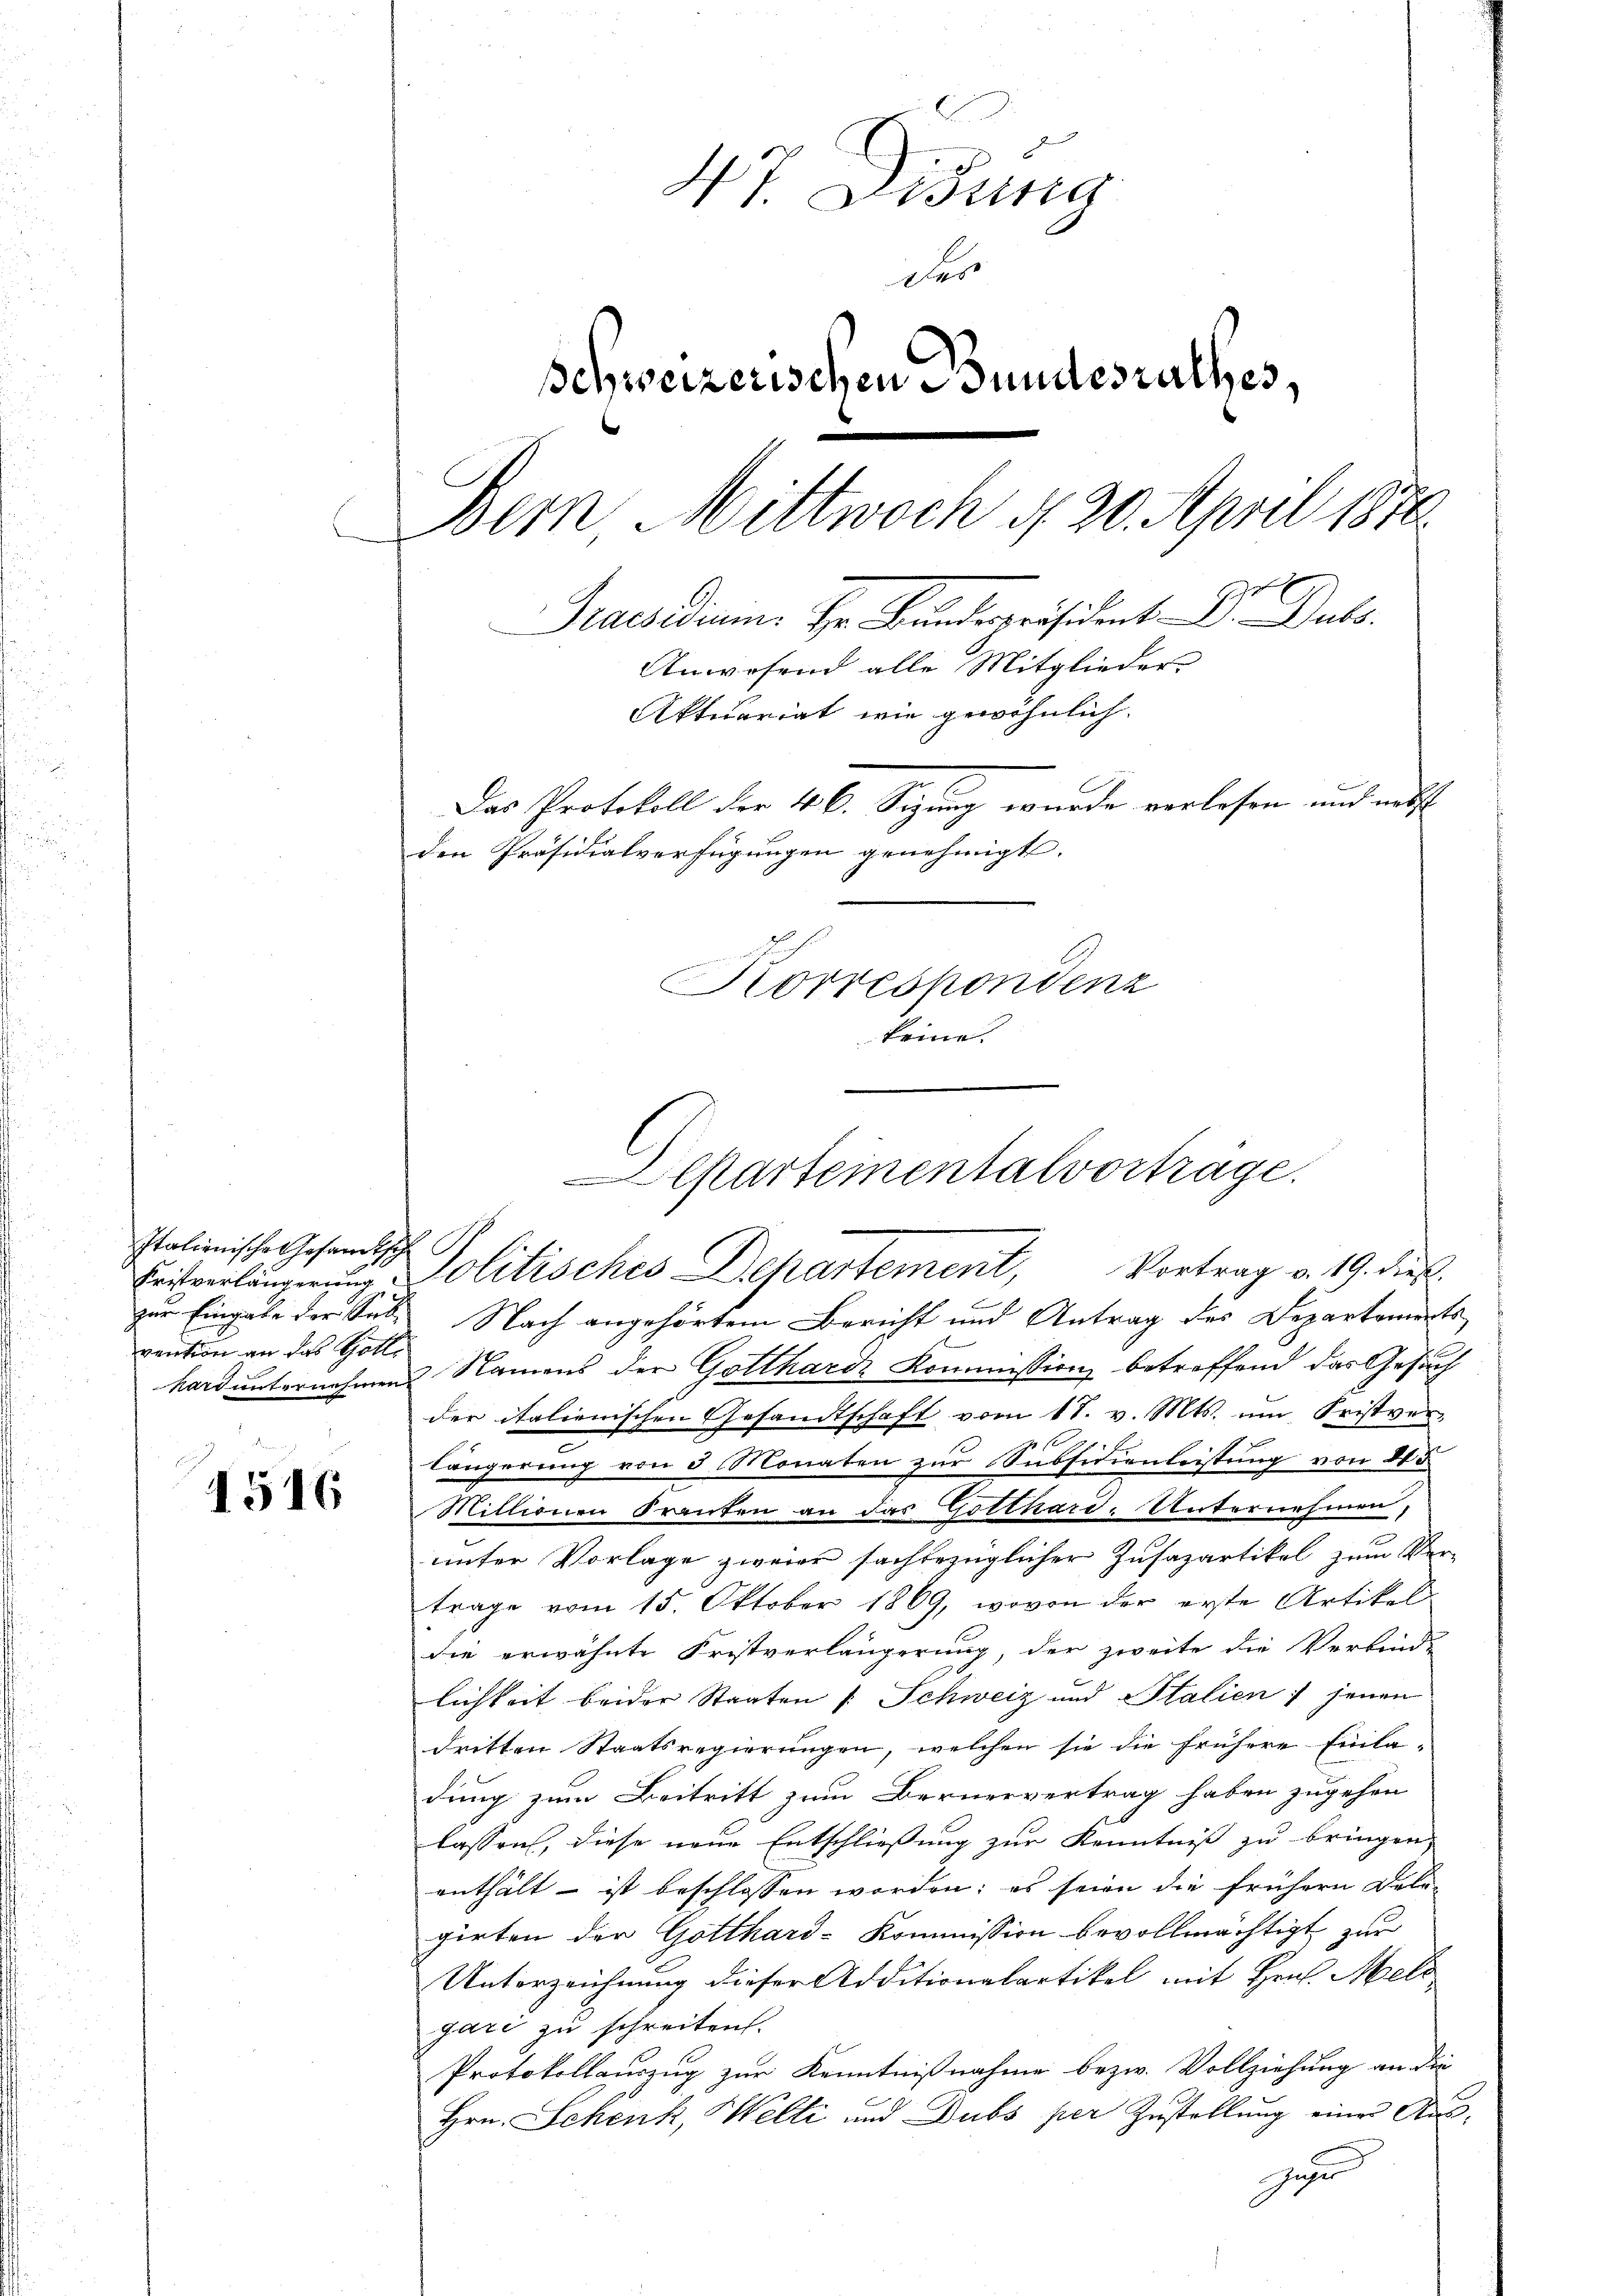
Italionische Gesandtsche
vention an das Holl

1516

47. Didung
des
schweizerischen Bundesrathes,
Bern, Mittwoch 4. 20. April 1876.
C
a
Praesidian Hr. Bundespräsident . Dubs,
Anwesend alle Mitglieder
Aktuariat wie gewöhnlich.
Das Protokoll der 46. Sigung wurde vorlesen und nebst
den Präsidialverfügungen genehmigt. |
Korrespondenz
keine

Departeinentalvorträge.
Eritverlängerung Politisches Departement, Vortrag v. 19. dies

zur Eingabe der Sub. Nach angehörtem Bericht und Antrag des Departements
s
hard unternehmen Namens der Gotthard Kommission betreffend das Gesuch
der italienischen Gesandtschaft vom 17. v. Mts. ŭm Fristver-
e
längerung von 3 Monaten zur Subsidienleistung von 815
Millionen Franten an das Gotthard-Unternehmen,
unter Vorlage zweier sachbezüglicher Zusazartikel zum Ver-
trage vom 15. Oktober 1869, wovon der erste Artikeldie erwähnte Fristverlängerung, der zweite die Verbind-
lichkeit beider Staaten (: Schweiz und Italien ; jenen
dritten Staatsregierungen, welchen sie die frühere Einla-
dung zum Beitritt zum Bernervertrag haben zugehen
lassen, diese neue Entschließung zur Kenntniß zu bringen,
enthält - ist beschlossen worden; es seien die frühern Dele-
girten der Gotthard-Kommission bevollmächtigt zur
Unterzeichnung dieser Additionalartikel mit Hrn. Meld
gari zu schreiten.
Protokollauszug zur Kenntnißnahme bezw. Vollziehung an die
Hrn. Schenk, Welti und Dubs per Zustellung einer Ause